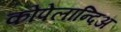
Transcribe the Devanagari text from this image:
कोपेलान्दिअ